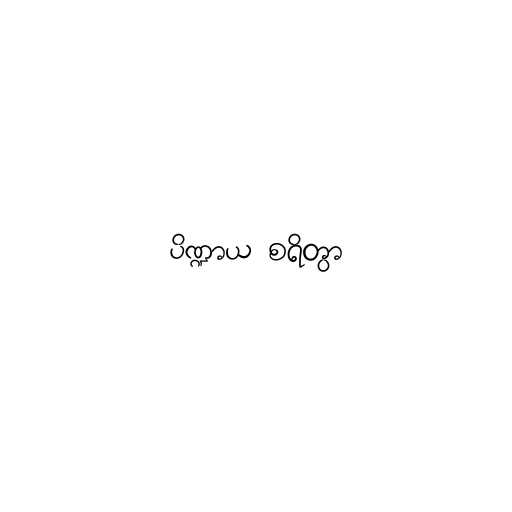
ပိဏ္ဍာယ စရိတွာ